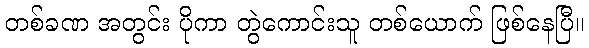
တစ်ခဏ အတွင်း ပိုကာ တွဲကောင်းသူ တစ်ယောက် ဖြစ်နေပြီ။